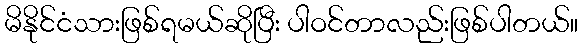
မိနိုင်ငံသားဖြစ်ရမယ်ဆိုပြီး ပါဝင်တာလည်းဖြစ်ပါတယ်။